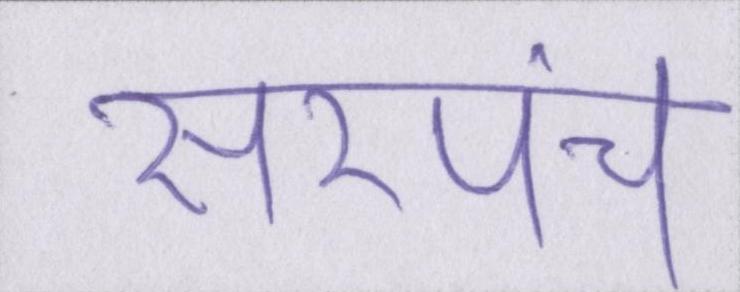
सरपंच